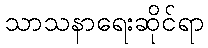
သာသနာရေးဆိုင်ရာ